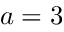
a = 3